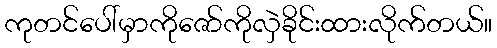
ကုတင်ပေါ်မှာကိုဇော်ကိုလှဲခိုင်းထားလိုက်တယ်။